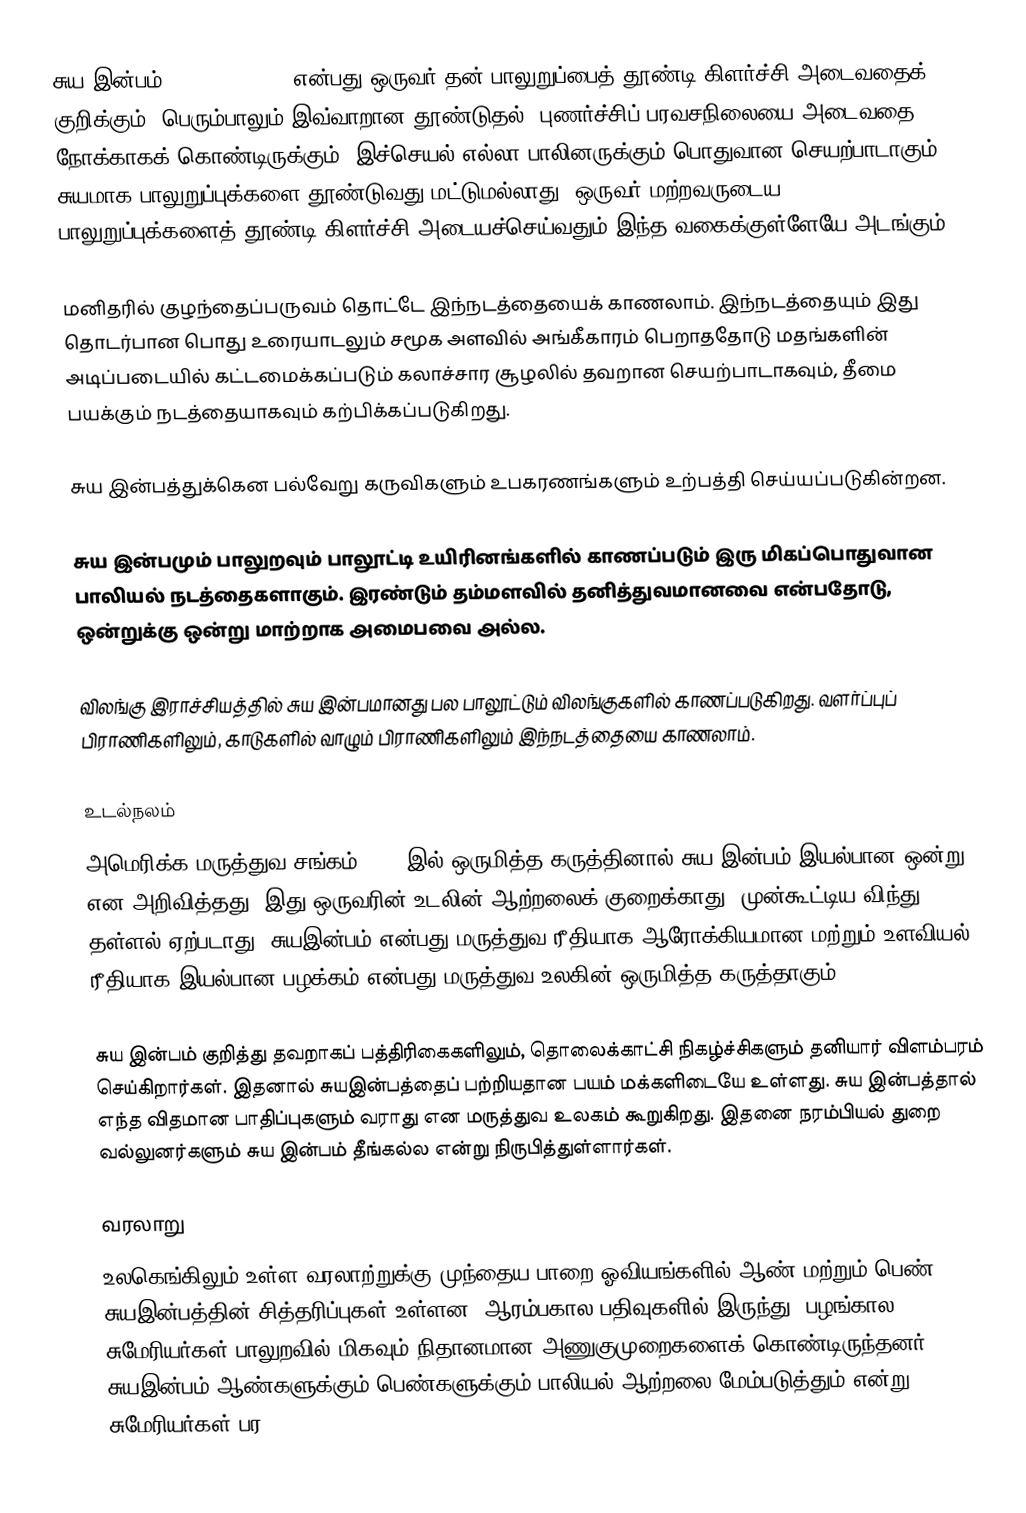
சுய இன்பம் (masturbation) என்பது ஒருவர் தன் பாலுறுப்பைத் தூண்டி கிளர்ச்சி அடைவதைக் குறிக்கும். பெரும்பாலும் இவ்வாறான தூண்டுதல், புணர்ச்சிப் பரவசநிலையை அடைவதை நோக்காகக் கொண்டிருக்கும். இச்செயல் எல்லா பாலினருக்கும் பொதுவான செயற்பாடாகும். சுயமாக பாலுறுப்புக்களை தூண்டுவது மட்டுமல்லாது, ஒருவர் மற்றவருடைய பாலுறுப்புக்களைத் தூண்டி கிளர்ச்சி அடையச்செய்வதும் இந்த வகைக்குள்ளேயே அடங்கும்.

மனிதரில் குழந்தைப்பருவம் தொட்டே இந்நடத்தையைக் காணலாம். இந்நடத்தையும் இது தொடர்பான பொது உரையாடலும் சமூக அளவில் அங்கீகாரம் பெறாததோடு மதங்களின் அடிப்படையில் கட்டமைக்கப்படும் கலாச்சார சூழலில் தவறான செயற்பாடாகவும், தீமை பயக்கும் நடத்தையாகவும் கற்பிக்கப்படுகிறது.

சுய இன்பத்துக்கென பல்வேறு கருவிகளும் உபகரணங்களும் உற்பத்தி செய்யப்படுகின்றன.

சுய இன்பமும் பாலுறவும் பாலூட்டி உயிரினங்களில் காணப்படும் இரு மிகப்பொதுவான பாலியல் நடத்தைகளாகும். இரண்டும் தம்மளவில் தனித்துவமானவை என்பதோடு, ஒன்றுக்கு ஒன்று மாற்றாக அமைபவை அல்ல.

விலங்கு இராச்சியத்தில் சுய இன்பமானது பல பாலூட்டும் விலங்குகளில் காணப்படுகிறது. வளர்ப்புப் பிராணிகளிலும், காடுகளில் வாழும் பிராணிகளிலும் இந்நடத்தையை காணலாம்.

உடல்நலம்
அமெரிக்க மருத்துவ சங்கம் 1972 இல் ஒருமித்த கருத்தினால் சுய இன்பம் இயல்பான ஒன்று என அறிவித்தது. இது ஒருவரின் உடலின் ஆற்றலைக் குறைக்காது, முன்கூட்டிய விந்து தள்ளல் ஏற்படாது. சுயஇன்பம் என்பது மருத்துவ ரீதியாக ஆரோக்கியமான மற்றும் உளவியல் ரீதியாக இயல்பான பழக்கம் என்பது மருத்துவ உலகின் ஒருமித்த கருத்தாகும்.

சுய இன்பம் குறித்து தவறாகப் பத்திரிகைகளிலும், தொலைக்காட்சி நிகழ்ச்சிகளும் தனியார் விளம்பரம் செய்கிறார்கள். இதனால் சுயஇன்பத்தைப் பற்றியதான பயம் மக்களிடையே உள்ளது. சுய இன்பத்தால் எந்த விதமான பாதிப்புகளும் வராது என மருத்துவ உலகம் கூறுகிறது. இதனை நரம்பியல் துறை வல்லுனர்களும் சுய இன்பம் தீங்கல்ல என்று நிருபித்துள்ளார்கள்.

வரலாறு
உலகெங்கிலும் உள்ள வரலாற்றுக்கு முந்தைய பாறை ஓவியங்களில் ஆண் மற்றும் பெண் சுயஇன்பத்தின் சித்தரிப்புகள் உள்ளன. ஆரம்பகால பதிவுகளில் இருந்து, பழங்கால சுமேரியர்கள் பாலுறவில் மிகவும் நிதானமான அணுகுமுறைகளைக் கொண்டிருந்தனர். சுயஇன்பம் ஆண்களுக்கும் பெண்களுக்கும் பாலியல் ஆற்றலை மேம்படுத்தும் என்று சுமேரியர்கள் பர